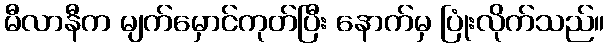
မီလာနီက မျက်မှောင်ကုတ်ပြီး နောက်မှ ပြုံးလိုက်သည်။